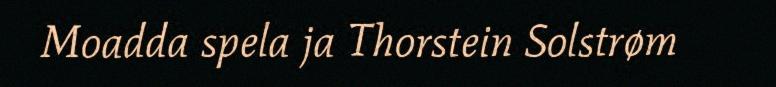
Moadda spela ja Thorstein Solstrøm